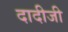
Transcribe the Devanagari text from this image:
दादीजी